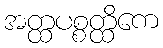
အတ္ထပစ္စတ္ထိကေ